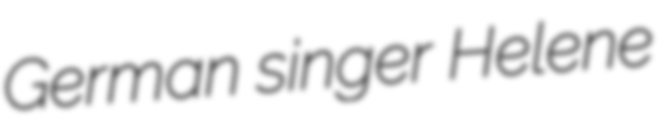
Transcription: German singer Helene